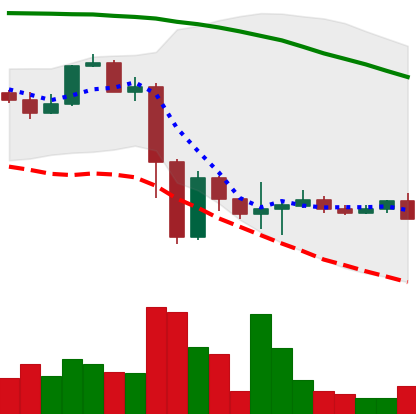
Ticker: NEO-USD
Chart end date: 2022-11-20
Forward return: 6.093%
Label: up_5_7